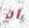
أن